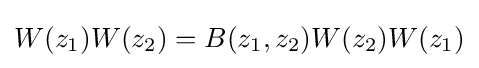
W(z_{1})W(z_{2})=B(z_{1},z_{2})W(z_{2})W(z_{1})